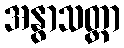
အနွာသတ္တာ